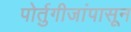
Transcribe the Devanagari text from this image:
पोर्तुगीजांपासून